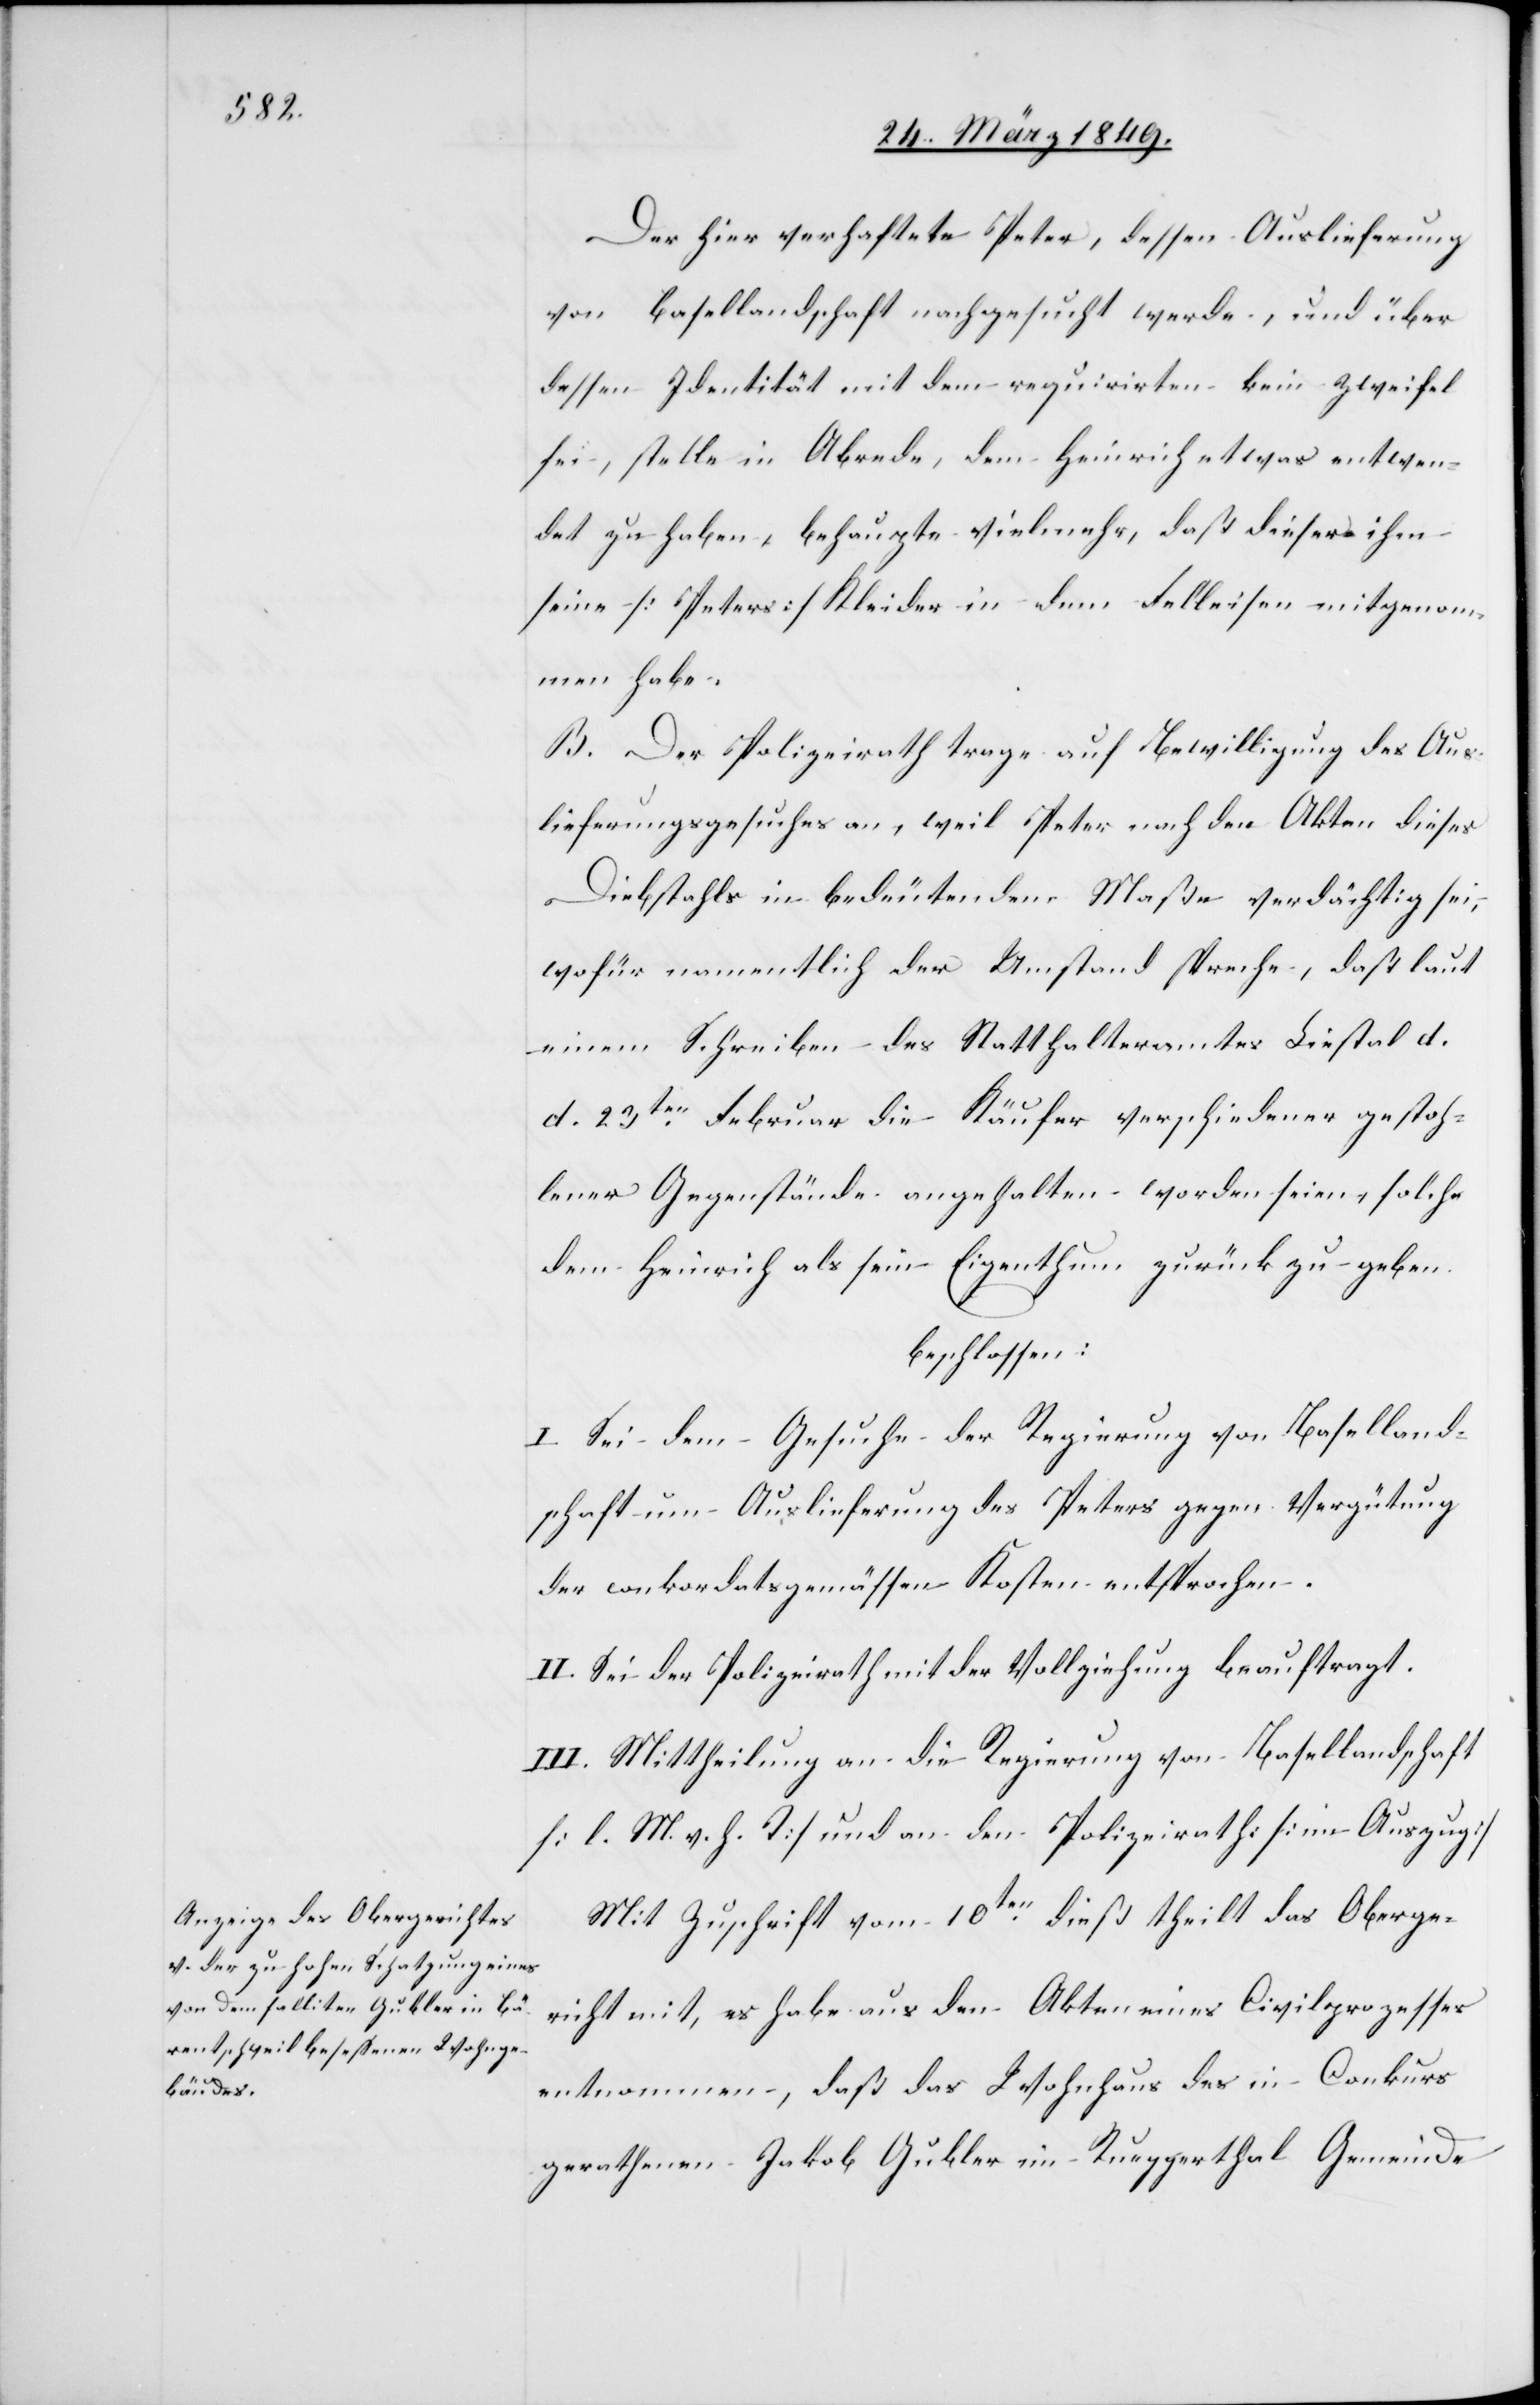
Der hier verhaftete Peter, dessen Auslieferung
von Basellandschaft nachgesucht werde, und über
dessen Identität mit dem requirirten kein Zweifel
sei, stelle in Abrede, dem Heinrich etwas entwen¬
det zu haben, behaupte vielmehr, daß dieser ihm
seine [Peters] Kleider in dem Felleisen mitgenom¬
men habe.
B. Der Polizeirath trage auf Bewilligung des Aus¬
lieferungsgesuches an, weil Peter nach den Akten dieses
Diebstahls in bedeutendem Maße verdächtig sei,
wofür namentlich der Umstand spreche, daß laut
einem Schreiben des Statthalteramtes Liestal d.
d. 23ten. Februar die Käufer verschiedener gestoh¬
lener Gegenstände angehalten worden seien, solche
dem Heinrich als sein Eigenthum zurück zu geben.
beschlossen:
I. Sei dem Gesuche der Regierung von Baselland¬
schaft um Auslieferung des Peters gegen Vergütung
der conkordatsgemässen Kosten entsprochen.
II. Sei der Polizeirath mit der Vollziehung beauftragt.
III. Mittheilung an die Regierung von Basellandschaft
[l. M. v. h. T] und an den Polizeirath: [im Auszug]
Mit Zuschrift vom 10ten. dieß theilt das Oberge¬
richt mit, es habe aus den Akten eines Civilprozesses
entnommen, daß das Wohnhaus des in Conkurs
gerathenen Jakob Gubler im Rueggerthal Gemeinde